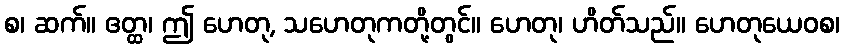
စ၊ ဆက်။ ဧတ္ထ၊ ဤ ဟေတု, သဟေတုကတို့တွင်။ ဟေတု၊ ဟိတ်သည်။ ဟေတုယေဝစ၊